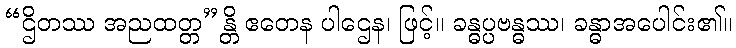
“ဌိတဿ အညထတ္တ”န္တိ ဧတေန ပါဌေန၊ ဖြင့်။ ခန္ဓပ္ပဗန္ဓဿ၊ ခန္ဓာအပေါင်း၏။